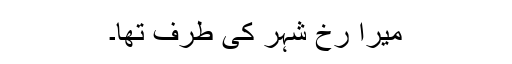
میرا رخ شہر کی طرف تھا۔